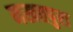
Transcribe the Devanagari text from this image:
नखतपुरा